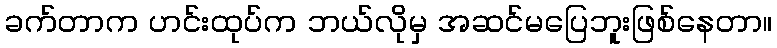
ခက်တာက ဟင်းထုပ်က ဘယ်လိုမှ အဆင်မပြေဘူးဖြစ်နေတာ။